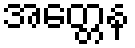
အတ္တေန